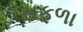
સફળા